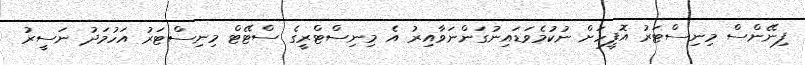
ފިނޭންސް މިނިސްޓަރު އޮފީހަށް ނުކުމެވަޑައިނުގަންނަވާއިރު އެ މިނިސްޓްރީގެ ސްޓޭޓް މިނިސްޓަރު އަހުމަދު ނަސީރު